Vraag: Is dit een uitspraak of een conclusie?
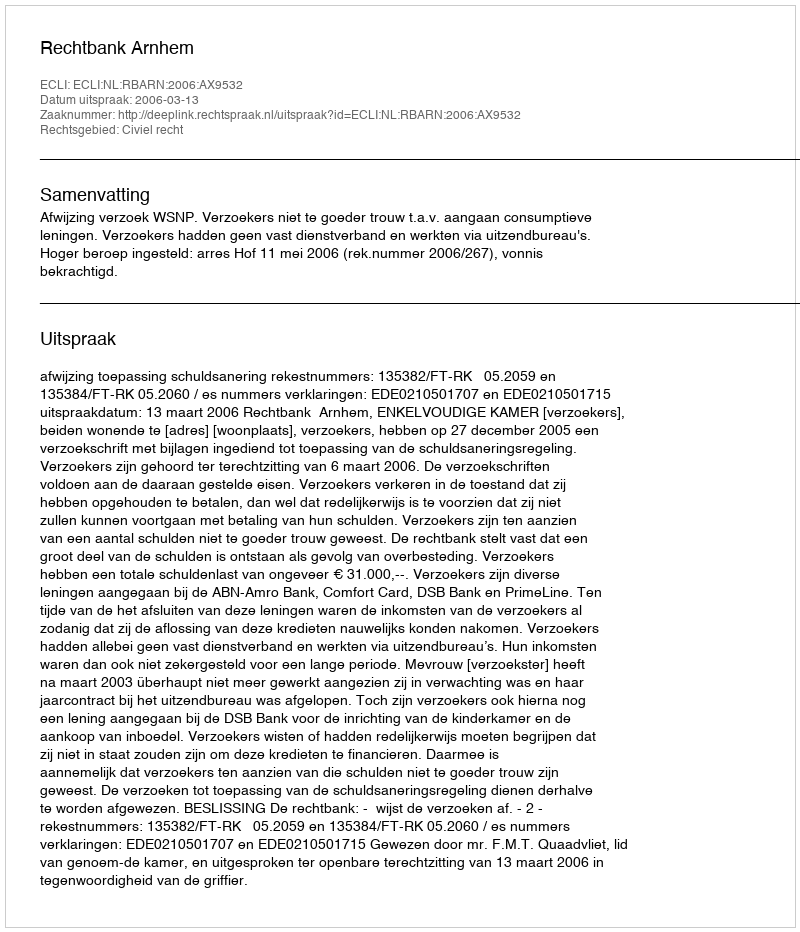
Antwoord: Uitspraak